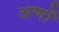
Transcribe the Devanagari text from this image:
अणों